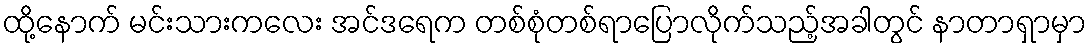
ထို့နောက် မင်းသားကလေး အင်ဒရေက တစ်စုံတစ်ရာပြောလိုက်သည့်အခါတွင် နာတာရှာမှာ